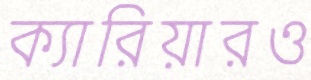
ক্যারিয়ারও